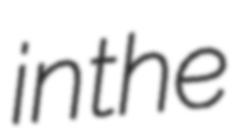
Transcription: in the